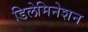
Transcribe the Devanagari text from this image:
डिलेमिनेशन